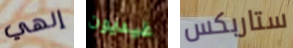
إلهي غيديون ستاربكس